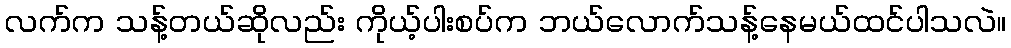
လက်က သန့်တယ်ဆိုလည်း ကိုယ့်ပါးစပ်က ဘယ်လောက်သန့်နေမယ်ထင်ပါသလဲ။